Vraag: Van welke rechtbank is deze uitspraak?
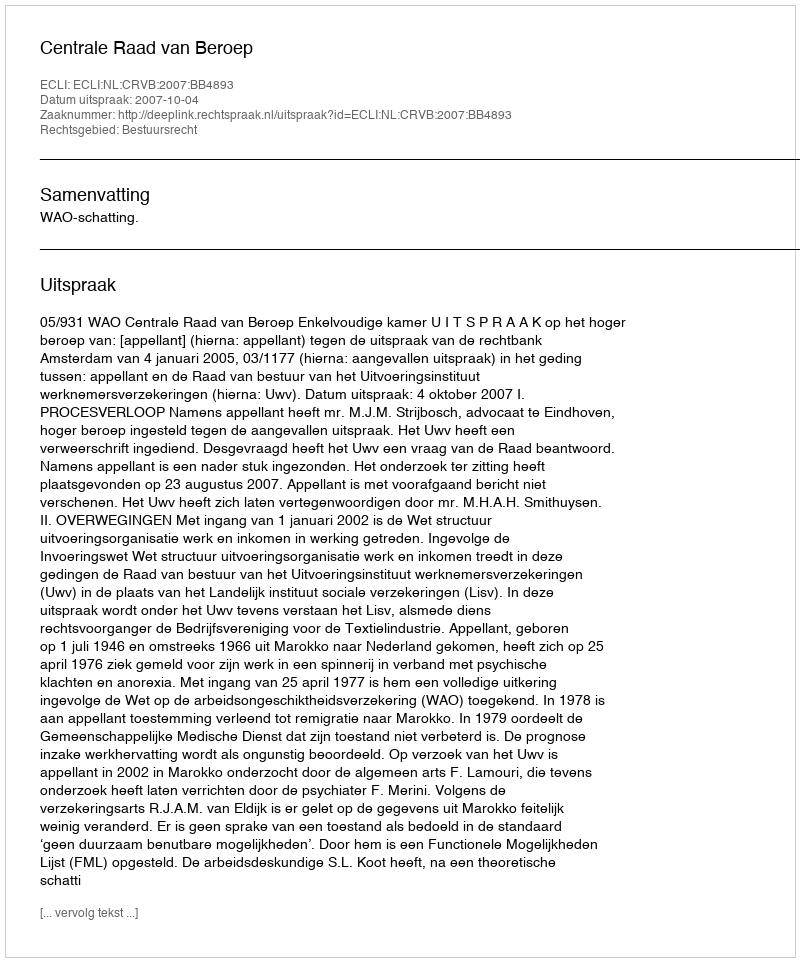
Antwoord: Centrale Raad van Beroep